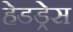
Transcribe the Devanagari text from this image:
हेडड्रेस